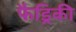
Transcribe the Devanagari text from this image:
फैड्रिकी